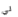
لي